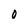
Character: O